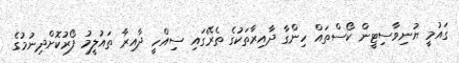
ގައުމީ ޔުނިވާސިޓީން ކޯސްތައް ހިންގާ ދާއިރާތަކުގެ ތެރޭގައި ސިއްހީ ދާއިރާ ތައުލީމު ފޯރުކޮށްދިނުމުގެ